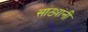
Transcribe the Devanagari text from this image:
साठ्यांनी